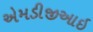
એમડીજીઆઇ